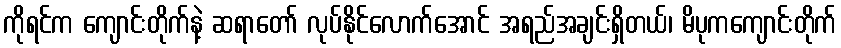
ကိုရင်က ကျောင်းတိုက်နဲ့ ဆရာတော် လုပ်နိုင်လောက်အောင် အရည်အချင်းရှိတယ်၊ မိပုကကျောင်းတိုက်